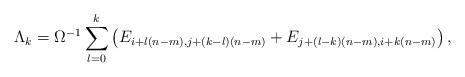
LaTeX: \begin{align*} \Lambda_k = \Omega^{-1} \sum_{l=0}^k \left( E_{i + l(n-m), j + (k-l)(n-m) } + E_{ j + (l-k)(n-m), i + k(n-m)} \right), \end{align*}